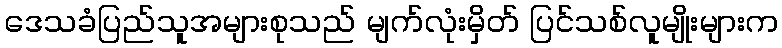
ဒေသခံပြည်သူအများစုသည် မျက်လုံးမှိတ် ပြင်သစ်လူမျိုးများက